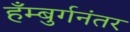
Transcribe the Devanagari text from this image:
हँम्बुर्गनंतर